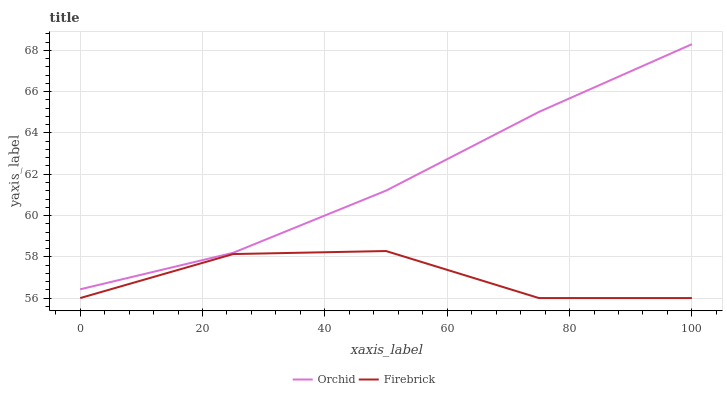
| xaxis_label | Orchid | Firebrick |
 | --- | --- | --- |
 | 0 | 56.4 | 56 |
 | 25 | 58.2 | 58.1 |
 | 50 | 61.2 | 58.3 |
 | 75 | 65 | 56 |
 | 100 | 68.3 | 56 |